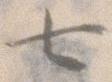
七